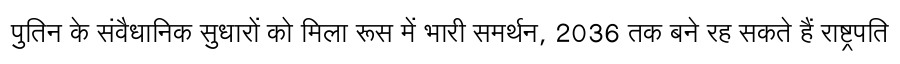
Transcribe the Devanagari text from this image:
पुतिन के संवैधानिक सुधारों को मिला रूस में भारी समर्थन, 2036 तक बने रह सकते हैं राष्ट्रपति